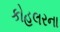
કોહલરના